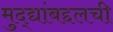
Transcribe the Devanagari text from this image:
मुद्द्यांबद्दलची